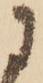
に